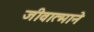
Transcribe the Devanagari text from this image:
जीवात्माने